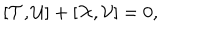
[ { \cal T } , { \cal U } ] + [ { \cal X } , { \cal V } ] = 0 ,